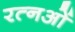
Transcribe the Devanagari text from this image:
रत्नओं